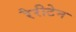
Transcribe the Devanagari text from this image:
रैरीटेन